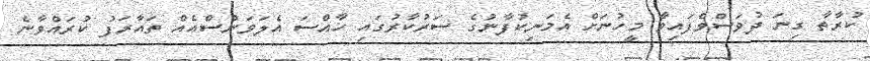
ކުރާތާ ގިނަ ދުވަސްވެފައިވާ މީހުނަށް އެމަނިކުފާނުގެ ސަރުކާރުގައި ހާއްސަ އެލަވަންސްއެއް ތައާރަފު ކުރައްވާނެ